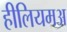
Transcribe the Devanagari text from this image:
हीलियमअ